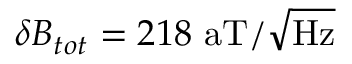
\delta B _ { t o t } = 2 1 8 ~ \mathrm { a T / \sqrt { H z } }